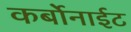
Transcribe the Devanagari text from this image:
कर्बोनाईट